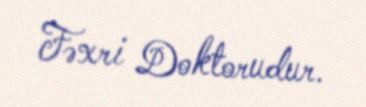
Fəxri Doktorudur.